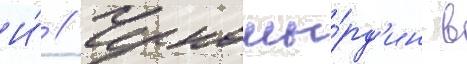
И́ // Черномы́рд'ин в